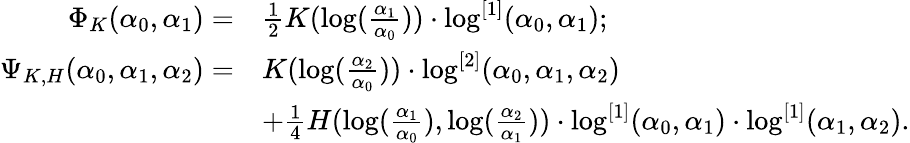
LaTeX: \begin{array}{rl}{\Phi_{K}(\alpha_{0},\alpha_{1})=}&{\frac 12K(\log(\frac{\alpha_{1}}{\alpha_{0}}))\cdot\log^{[1]}(\alpha_{0},\alpha_{1});}\\ {\Psi_{K,H}(\alpha_{0},\alpha_{1},\alpha_{2})=}&{K(\log(\frac{\alpha_{2}}{\alpha_{0}}))\cdot\log^{[2]}(\alpha_{0},\alpha_{1},\alpha_{2})}\\ &{+\frac 14H(\log(\frac{\alpha_{1}}{\alpha_{0}}),\log(\frac{\alpha_{2}}{\alpha_{1}}))\cdot\log^{[1]}(\alpha_{0},\alpha_{1})\cdot\log^{[1]}(\alpha_{1},\alpha_{2}).}\end{array}